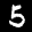
Label: 5